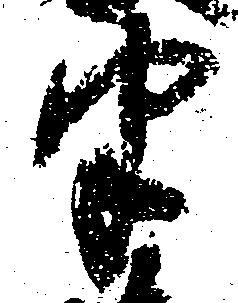
半